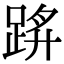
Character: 䟸